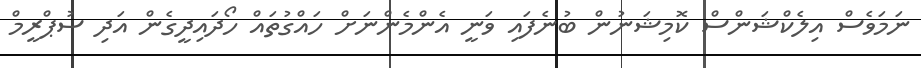
ނަމަވެސް އިލެކްޝަންސް ކޮމިޝަނުން ބުނެފައި ވަނީ އެންމެންނަށް ހައްގުތައް ހޯދައިދީގެން އަދި ސުޕްރީމް